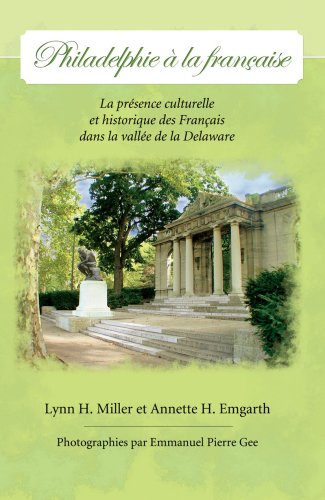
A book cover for Philadelphie a la francaise: la presence culturelle et historique des Francais dans la vallee de la Delaware (French Edition); Lynn H. Miller & Annette H. Emgarth; Travel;